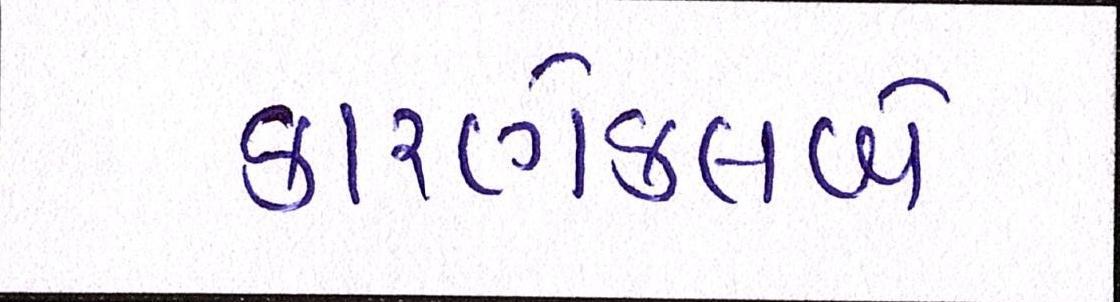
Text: કારણેક્લબે